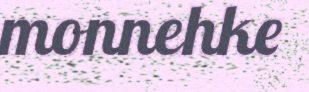
monnehke